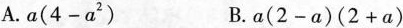
A. $$a ( 4 - a ^ { 2 } ) B $$.a ( 2 - a ) ( 2 + a )$$